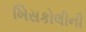
ખિસકોલીની